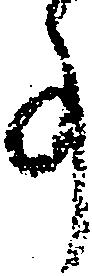
事